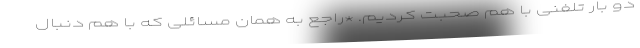
دو بار تلفنی با هم صحبت کردیم. *راجع به همان مسائلی که با هم دنبال